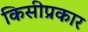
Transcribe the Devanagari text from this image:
किसीप्रकार